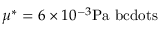
\mu ^ { * } = 6 \times 1 0 ^ { - 3 } \mathrm { P a \ b c d o t s }